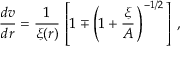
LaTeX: \frac { d v } { d r } = \frac { 1 } { \xi ( r ) } \, \left[ 1 \mp \left( 1 + \frac { \xi } { A } \, \right) ^ { - 1 / 2 } \, \right] \, ,